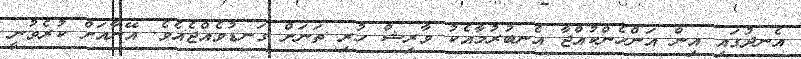
އެނދުގައި އިން އަންހެންކުއްޖާ އެނބުރުމާއެކު ވާރިޝް ހުރި ތަނަށް ގަނޑުވެއްޖެއެވެ. އޭނާއަށް ކުރެވުނީ